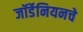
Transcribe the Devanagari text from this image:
जॉर्डेनियनचे